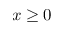
x \geq 0